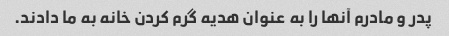
پدر و مادرم آنها را به عنوان هدیه گرم کردن خانه به ما دادند.